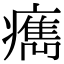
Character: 𤺻